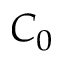
C _ { 0 }